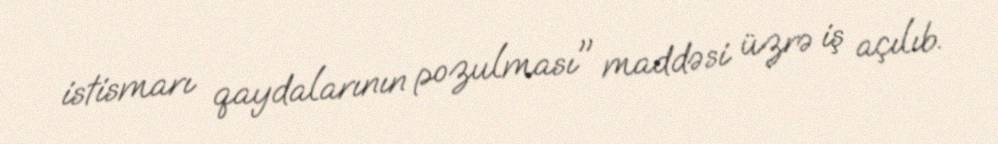
istismarı qaydalarının pozulması" maddəsi üzrə iş açılıb.